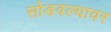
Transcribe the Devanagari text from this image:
सोडवल्यावर